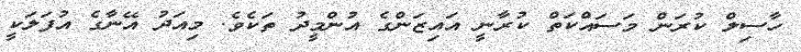
ހާސިލް ކުރަން މަސައްކަތް ކުރާނީ އައިޒަންގެ އުންމީދު ތަކެވެ. މިއަދު އޭނާގެ އުފަލަކީ